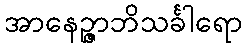
အာနေဉ္ဇာဘိသင်္ခါရော